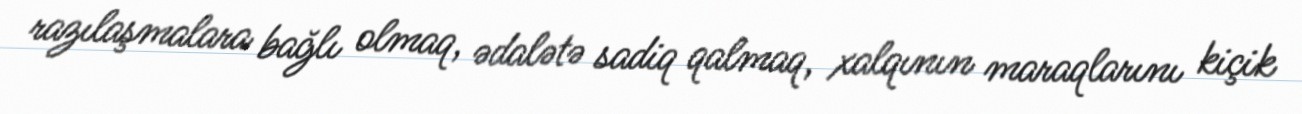
razılaşmalara bağlı olmaq, ədalətə sadiq qalmaq, xalqının maraqlarını kiçik